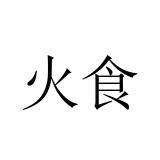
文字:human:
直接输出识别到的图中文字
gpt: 火食